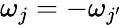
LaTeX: {\omega}_{j}=-{\omega}_{j{'}}